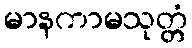
မာနကာမသုတ္တံ